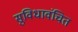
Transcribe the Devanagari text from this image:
सुविधावंचित